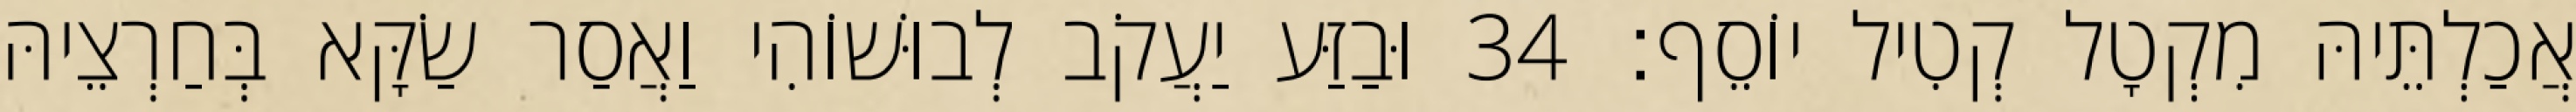
אֲכַלְתֵּיהּ מִקְטָל קְטִיל יוֹסֵף׃ 34 וּבַזַּע יַעֲקֹב לְבוּשׁוֹהִי וַאֲסַר שַׂקָּא בְּחַרְצֵיהּ